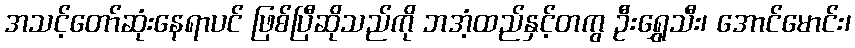
အသင့်တော်ဆုံးနေရာပင် ဖြစ်ပြီဆိုသည်ကို ဘအံ့ထည်နှင့်တကွ ဦးရွှေသီး၊ အောင်မောင်း၊